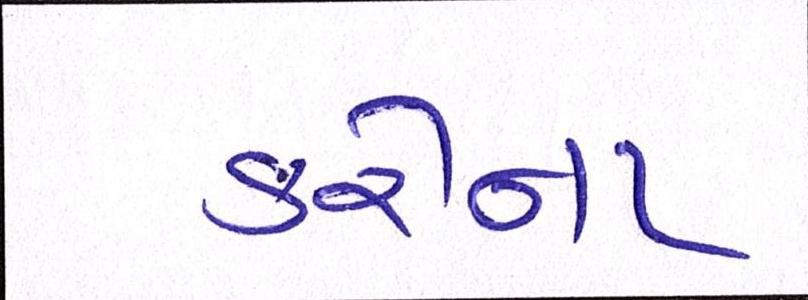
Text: કરીના